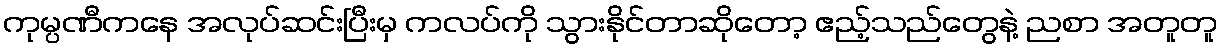
ကုမ္ပဏီကနေ အလုပ်ဆင်းပြီးမှ ကလပ်ကို သွားနိုင်တာဆိုတော့ ဧည့်သည်တွေနဲ့ ညစာ အတူတူ